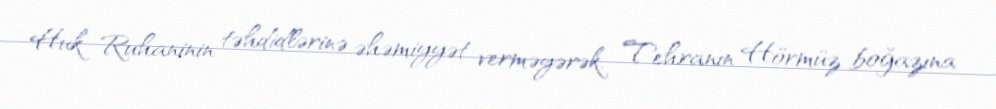
Huk Ruhaninin təhdidlərinə əhəmiyyət verməyərək, Tehranın Hörmüz boğazına